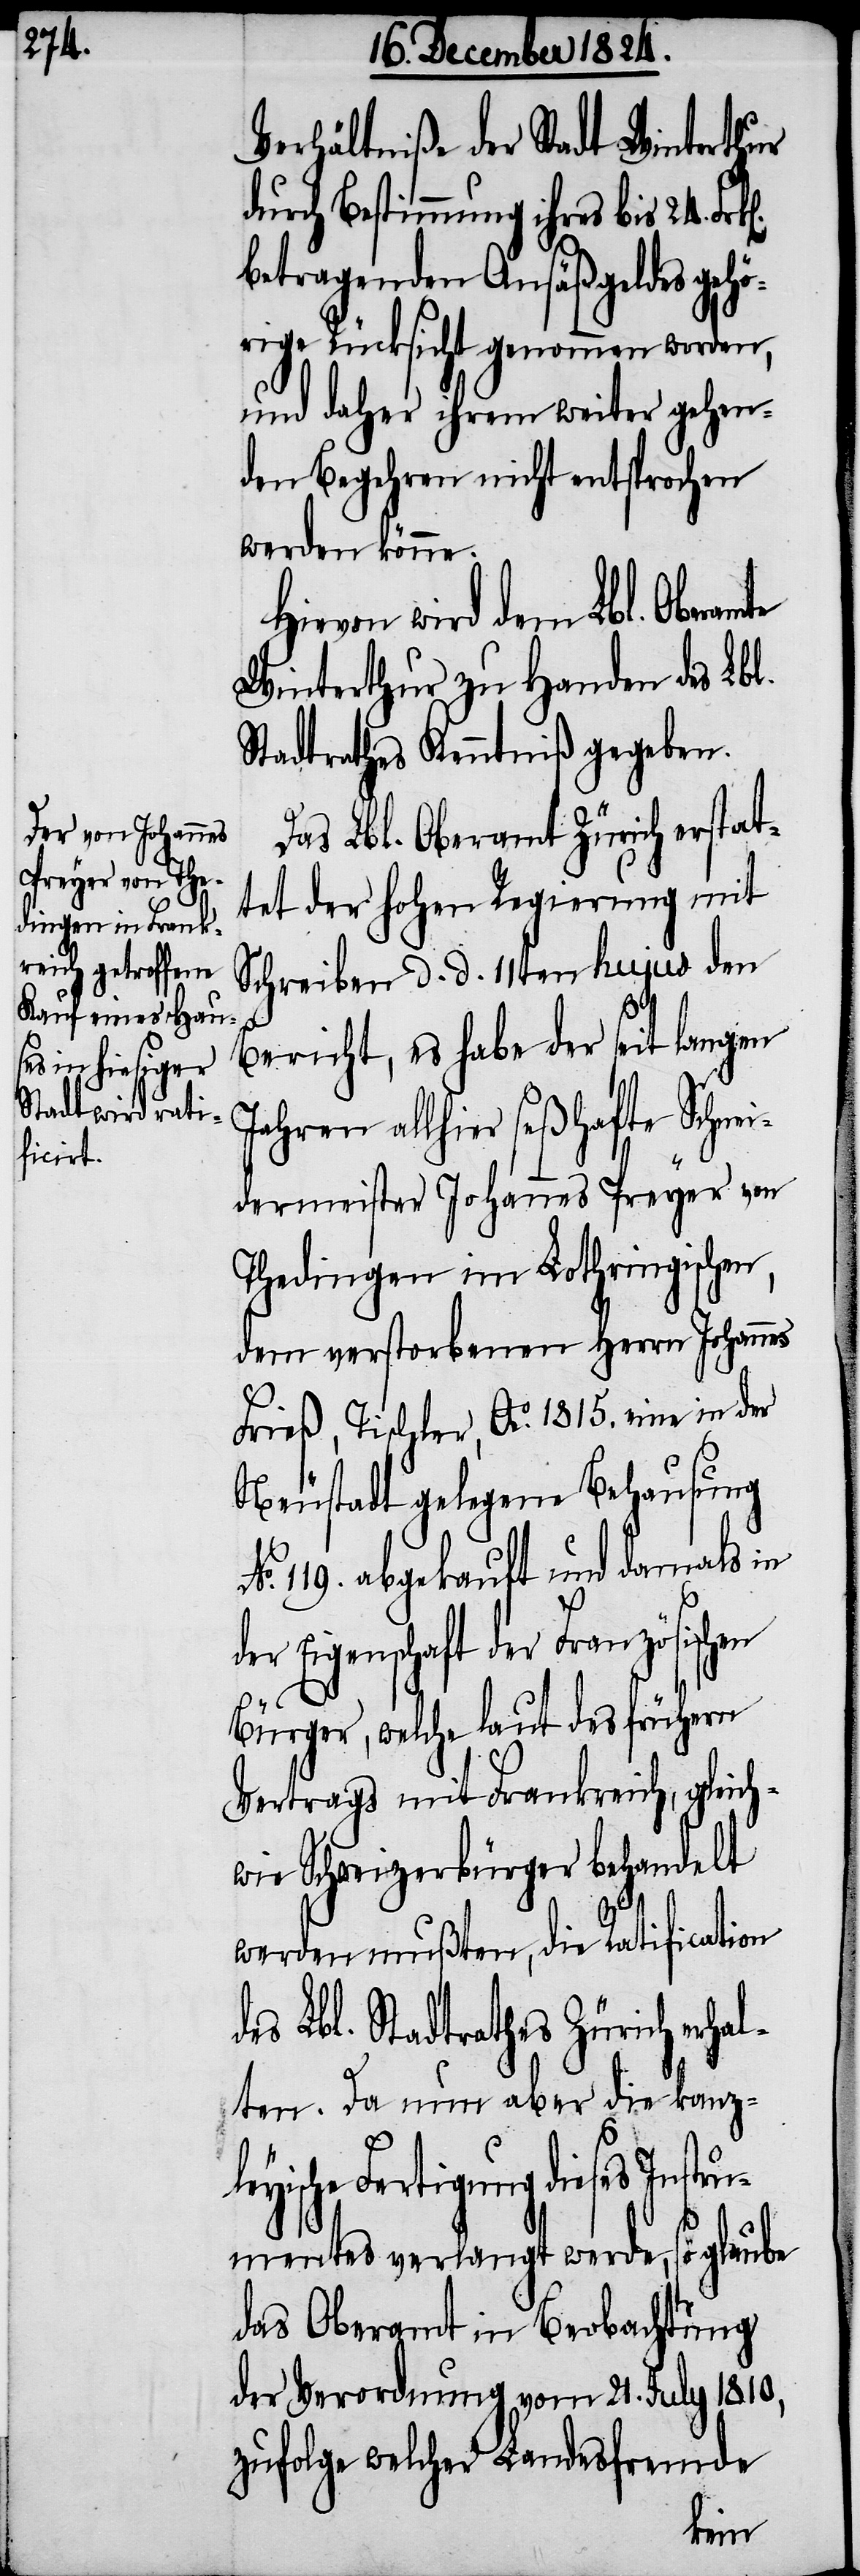
Verhältniße der Stadt Winterthur
durch Bestimmung ihres bis 24.
betragenden Ansäßgeldes gehö¬
rige Rücksicht genommen worden,
und daher ihrem weiter gehen¬
den Begehren nicht entsprochen
werden könne.
Hievon wird dem Lbl. Oberamte
Winterthur zu Handen des Lbl.
Stadtrathes Kenntniß gegeben.
Das Lbl. Oberamt Zürich erstat¬
tet der hohen Regierung mit
Schreiben d. d. 11ten hujus den
Bericht, es habe der seit langen
Jahren allhier seßhafte Schnei¬
dermeister Johannes Peyer von
Thedingen im Lothringischen,
dem verstorbenen Herrn Johannes
Frieß, Tischler, Ao. 1815. eine in der
Neustadt gelegene Behausung
119. abgekauft und damals in
Eigenschaft der Französischen
Bürger, welche laut des frühern
Vertrags mit Frankreich, gleich¬
wie Schweizerbürger behandelt
werden mußten, die Ratification
Lbl. Stadtrathes Zürich erha¬
lten. Da nun aber die kanzl¬
eyische Fertigung dieses Instru¬
mentes verlangt werde, so glaube
das Oberamt in Beobachtung
der Verordnung vom 21. July 1810,
zufolge welcher Landesfremde